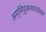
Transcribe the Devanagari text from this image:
अग्निपूजनपरंपरेचा